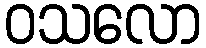
ဝသလော